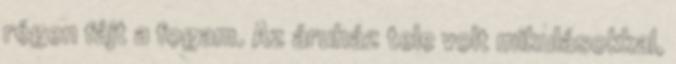
régen fájt a fogam. Az áruház tele volt mikulásokkal,